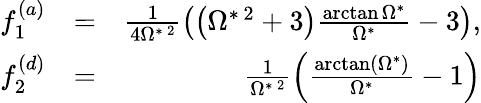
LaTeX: \begin{array}{rlr}{f_{1}^{(a)}}&{=}&{\frac{1}{4\Omega^{*\, 2}}\left(\left(\Omega^{*\, 2}+3\right)\frac{\arctan\Omega^{*}}{\Omega^{*}}-3\right),}\\ {f_{2}^{(d)}}&{=}&{\frac{1}{\Omega^{*\, 2}}\left(\frac{\arctan\left(\Omega^{*}\right)}{\Omega^{*}}-1\right)}\end{array}